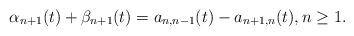
LaTeX: \begin{align*} \alpha_{n+1}(t) + \beta_{n+1}(t) = a_{n,n-1}(t) - a_{n+1,n}(t), n\geq1.\end{align*}